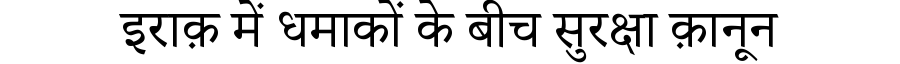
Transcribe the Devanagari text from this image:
इराक़ में धमाकों के बीच सुरक्षा क़ानून